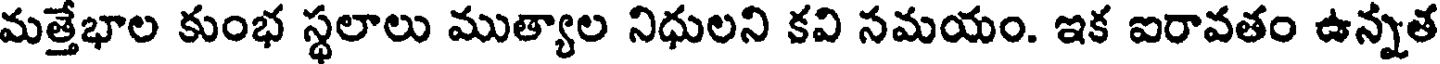
మత్తేభాల కుంభ స్థలాలు ముత్యాల నిధులని కవి నమయం. ఇక ఐరావతం ఉన్నత